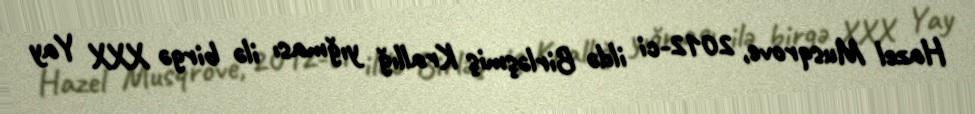
Hazel Musqrove, 2012-ci ildə Birləşmiş Krallığ yığması ilə birgə XXX Yay